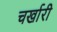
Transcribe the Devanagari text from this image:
चर्खारी